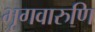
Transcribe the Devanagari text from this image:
भृगवारुणि